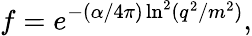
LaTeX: f=e^{-(\alpha/4\pi)\ln^{2}(q^{2}/m^{2})},